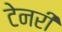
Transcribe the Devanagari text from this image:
टेनरी